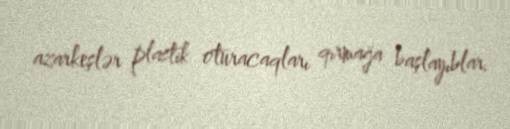
azarkeşlər plastik oturacaqları qırmağa başlayıblar.